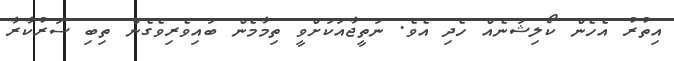
އިތުރު އެހެން ކޯލިޝަނެއް ހެދި އެވެ. ނަތީޖާއަކަށްވީ ތިމާމެން ބައިވެރިވެގެން ތިބި ސަރުކާރާ